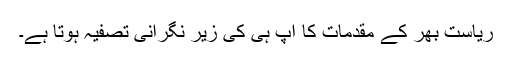
ریاست بھر کے مقدمات کا آپ ہی کی زیرِ نگرانی تصفیہ ہوتا ہے۔